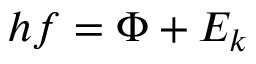
h f = \Phi + E _ { k }